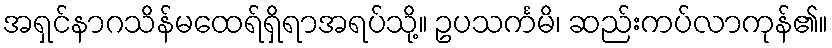
အရှင်နာဂသိန်မထေရ်ရှိရာအရပ်သို့။ ဥပသင်္ကမိ၊ ဆည်းကပ်လာကုန်၏။